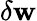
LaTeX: \delta\boldsymbol{\mathbf{w}}